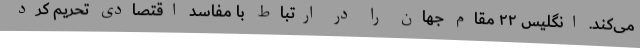
می‌کند. انگلیس ۲۲ مقام جهان را در ارتباط با مفاسد اقتصادی تحریم کرد